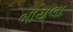
બાયલા